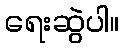
ရေးဆွဲပါ။